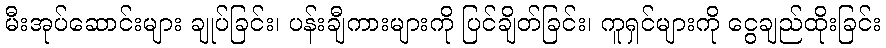
မီးအုပ်ဆောင်းများ ချုပ်ခြင်း၊ ပန်းချီကားများကို ပြင်ချိတ်ခြင်း၊ ကူရှင်များကို ငွေချည်ထိုးခြင်း